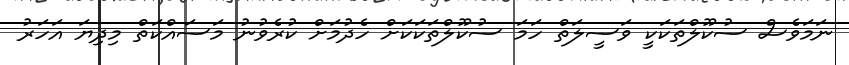
ނަމަވެސް ސުކޫލްތަކަކީ ވަސީލަތް ހަމަ ސުކޫލްތަކަކަށް ހެދުމަށް ކުރެވުނު މަސައްކަތް މިދިޔަ އަހަރު